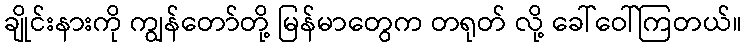
ချိုင်းနားကို ကျွန်တော်တို့ မြန်မာတွေက တရုတ် လို့ ခေါ်ဝေါ်ကြတယ်။